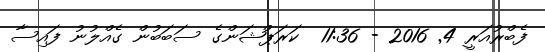
ފެބްރުއަރީ 4